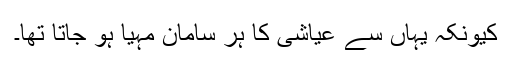
کیونکہ یہاں سے عیاشی کا ہر سامان مہیا ہو جاتا تھا۔